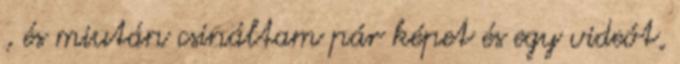
, és miután csináltam pár képet és egy videót,